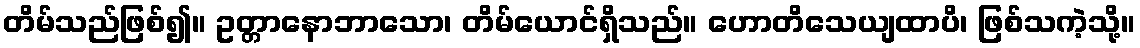
တိမ်သည်ဖြစ်၍။ ဥတ္တာနောဘာသော၊ တိမ်ယောင်ရှိသည်။ ဟောတိသေယျထာပိ၊ ဖြစ်သကဲ့သို့။